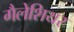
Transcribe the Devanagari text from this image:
गैलेशियर